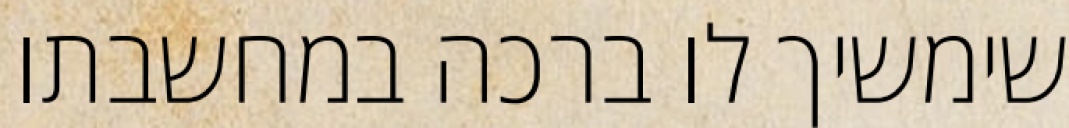
שימשיך לו ברכה במחשבתו